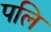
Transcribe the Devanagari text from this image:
पलि